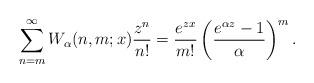
LaTeX: \begin{align*} \sum_{n=m}^\infty W_\alpha (n,m;x) \dfrac{z^n}{n!}= \dfrac{e^{zx}}{m!} \left (\dfrac{e^{\alpha z}-1}{\alpha}\right )^m.\end{align*}